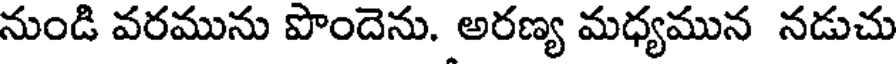
నుండి వరమును పొందెను. అరణ్య మధ్యమున నడుచు